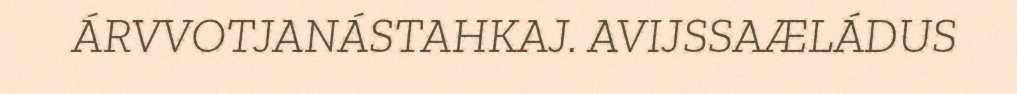
ÁRVVOTJANÁSTAHKAJ. AVIJSSAÆLÁDUS